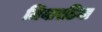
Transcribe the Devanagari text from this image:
जियारडिया